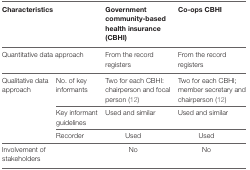
<table><thead><tr><td colspan="2"><b>Characteristics</b></td><td><b>Government community-based health insurance (CBHI)</b></td><td><b>Co-ops CBHI</b></td></tr></thead><tbody><tr><td colspan="2">Quantitative data approach</td><td>From the record registers</td><td>From the record registers</td></tr><tr><td rowspan="5">Qualitative data approach</td><td>No. of key informants</td><td>Two for each CBHI: chairperson and focal person (12)</td><td>Two for each CBHI; member secretary and chairperson (12)</td></tr><tr><td>Key informant guidelines</td><td>Used and similar</td><td>Used and similar</td></tr><tr><td>Recorder</td><td>Used</td><td>Used</td></tr><tr><td>Involvement of stakeholders</td><td></td><td>No</td><td>No</td></tr></tbody></table>